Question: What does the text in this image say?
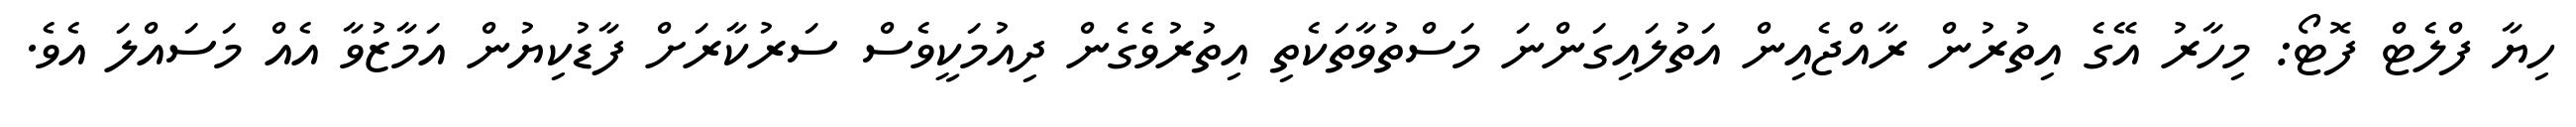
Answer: ހިޔާ ފްލެޓް ފޮޓޯ: މިހާރު އޭގެ އިތުރުން ރާއްޖެއިން އަތުލައިގަންނަ މަސްތުވާތަކެތި އިތުރުވެގެން ދިއުމަކީވެސް ސަރުކާރަށް ފާޑުކިޔުން އަމާޒުވާ އެއް މަސައްލަ އެވެ.